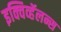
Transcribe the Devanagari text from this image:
इक्विव्हॅलन्स